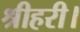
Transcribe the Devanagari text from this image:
श्रीहरी।